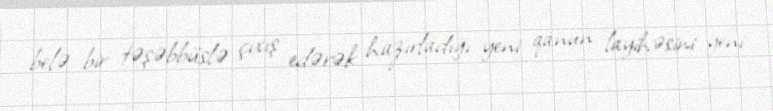
belə bir təşəbbüslə çıxış edərək hazırladığı yeni qanun layihəsini yeni